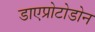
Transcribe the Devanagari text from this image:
डाएप्रोटोडोन